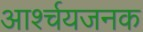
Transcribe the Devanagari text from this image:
आर्श्चयजनक